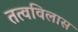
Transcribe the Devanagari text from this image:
तत्वविलास